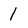
Character: 1